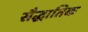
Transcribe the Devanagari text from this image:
सैद्धातिक